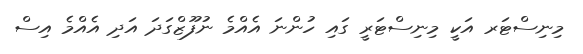
މިނިސްޓަރ އަކީ މިނިސްޓަރީ ގައި ހުންނަ އެއްމެ ނުފޫޒްގަދަ އަދި އެއްމެ އިސް